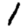
Digit: 1